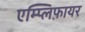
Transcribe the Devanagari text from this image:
एम्प्लिफ़ायर